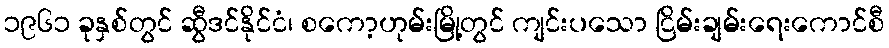
၁၉၆၁ ခုနှစ်တွင် ဆွီဒင်နိုင်ငံ၊ စကော့ဟုမ်းမြို့တွင် ကျင်းပသော ငြိမ်းချမ်းရေးကောင်စီ